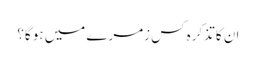
ان کا تذکرہ کس زمرے میں ہو گا؟